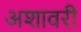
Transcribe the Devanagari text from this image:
अशावरी